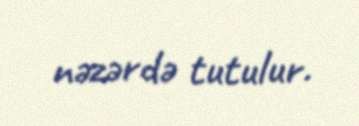
nəzərdə tutulur.